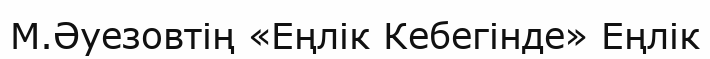
М.Әуезовтің «Еңлік Кебегінде» Еңлік